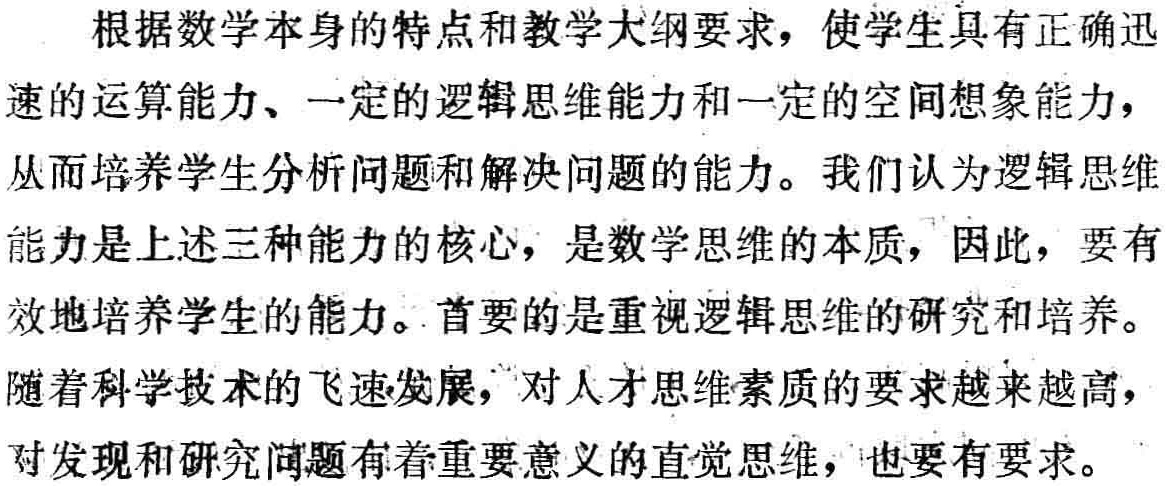
根据数学本身的特点和教学大纲要求，使学生具有正确迅速的运算能力、一定的逻辑思维能力和一定的空间想象能力，从而培养学生分析问题和解决问题的能力。我们认为逻辑思维能力是上述三种能力的核心，是数学思维的本质，因此，要有效地培养学生的能力。首要的是重视逻辑思维的研究和培养。随着科学技术的飞速发展，对人才思维素质的要求越来越高，对发现和研究问题有着重要意义的直觉思维，也要有要求。